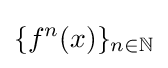
\{f^{n}(x)\}_{n\in \mathbb {N} }